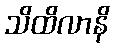
သိထိလာနိ